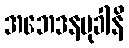
အဘေဒနမုခါနိ